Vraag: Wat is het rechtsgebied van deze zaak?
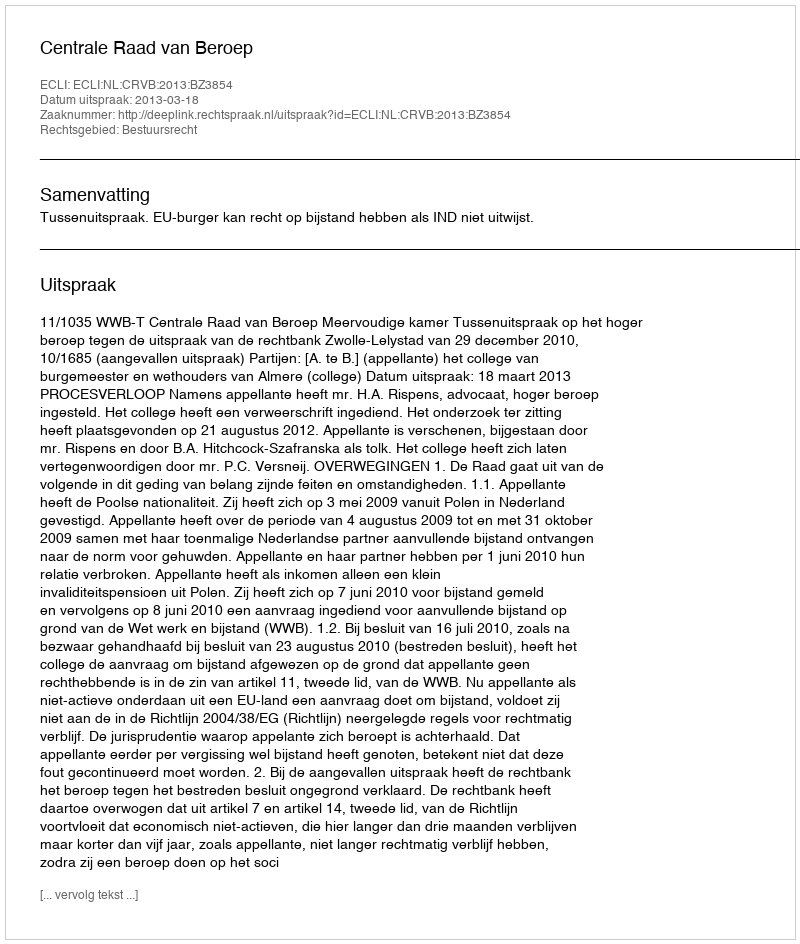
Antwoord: Bestuursrecht